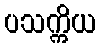
ပသက္ကိယ